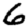
Digit: 6